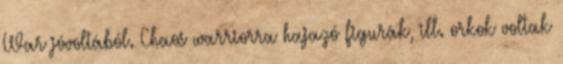
War jóvoltából. Chaos warriorra hajazó figurák, ill. orkok voltak